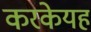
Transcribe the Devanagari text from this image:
करकेयह